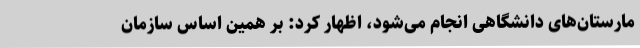
مارستان‌های دانشگاهی انجام می‌شود، اظهار کرد: بر همین اساس سازمان